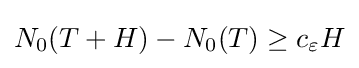
N_{0}(T+H)-N_{0}(T)\geq c_{\varepsilon }H